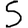
Digit: 5